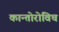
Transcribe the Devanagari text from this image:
कान्तोरोविच